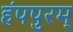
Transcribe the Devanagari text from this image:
हंपपुरम्